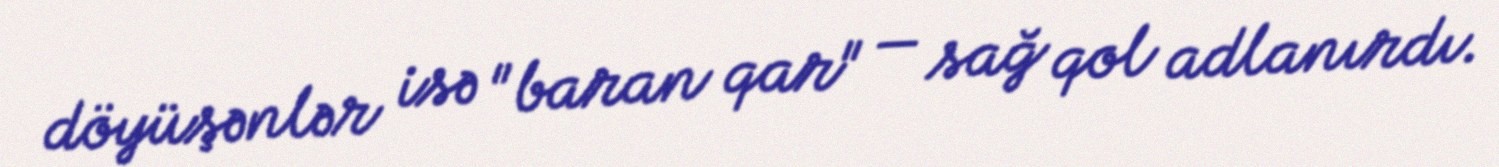
döyüşənlər isə "baran qar" — sağ qol adlanırdı.